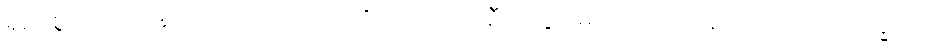
ရှည်စွာသောနေ့ညဉ့်ပတ်လုံး။ အဟိတာယ၊ အစီးအပွားမဲ့အလိုငှာလည်းကောင်း။ ဒုက္ခာယ၊